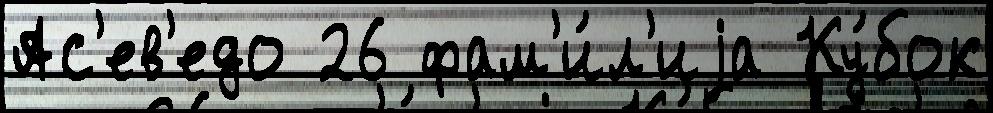
Ас'ев'едо 26 фам'и́л'иjа Ку́бок